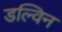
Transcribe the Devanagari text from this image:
डल्विन